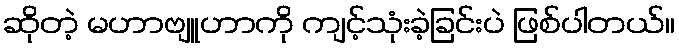
ဆိုတဲ့ မဟာဗျူဟာကို ကျင့်သုံးခဲ့ခြင်းပဲ ဖြစ်ပါတယ်။